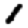
Digit: 1